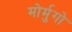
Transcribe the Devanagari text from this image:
मोर्मुगो